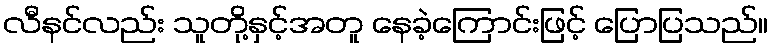
လီနင်လည်း သူတို့နှင့်အတူ နေခဲ့ကြောင်းဖြင့် ပြောပြသည်။